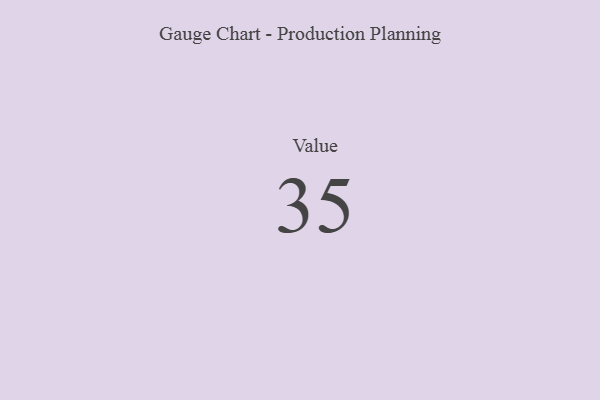
{"axis": {"x": "Metric", "y": "Value"}, "legend": [""], "data": [{"x": "Value", "y": 35, "type": ""}]}